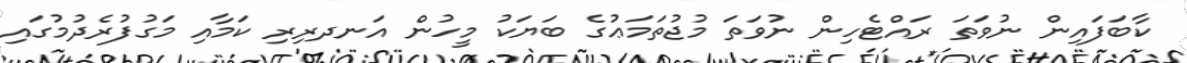
ކާބަފައިން ނުވަތަ ރައްޓެހިން ނުވަތަ މުޖުތަމަޢުގެ ބަޔަކު މީހުން އަނދރިރި ކަމާއި މަގުފުރެދުމުގައި